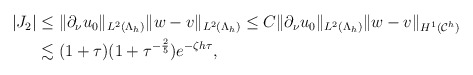
\begin{align*} \begin{aligned} \vert J_2 \vert &\leq \|\partial _{\nu} u_0\|_{ L^{2}(\Lambda_{h})} \|w-v\|_{ L^{2}(\Lambda_{h})} \leq C\|\partial _{\nu} u_0\|_{ L^{2}(\Lambda_{h})} \|w-v\|_{ H^{1}(\mathcal C^h)}\\ &\lesssim (1+\tau)(1+\tau^{-\frac{2}{5}})e^{-\zeta h\tau}, \end{aligned} \end{align*}